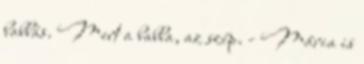
babbás. Mert a babba, az szép. - Mária is